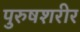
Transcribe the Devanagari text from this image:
पुरुषशरीर